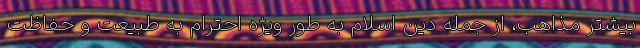
بیشتر مذاهب، از جمله دین اسلام به طور ویژه احترام به طبیعت و حفاظت